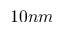
1 0 n m